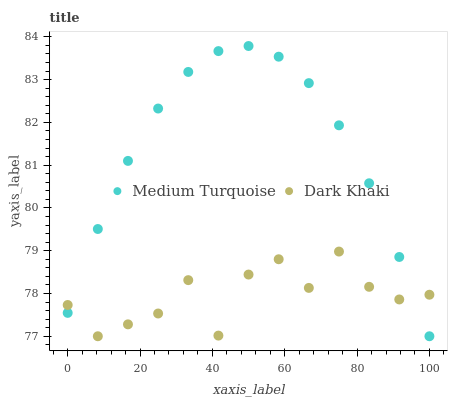
| xaxis_label | Medium Turquoise | Dark Khaki |
 | --- | --- | --- |
 | 0 | 77.5 | 77.7 |
 | 8.33 | 79.5 | 77 |
 | 16.7 | 81.1 | 77.3 |
 | 25 | 82.3 | 77.5 |
 | 33.3 | 83.2 | 78.3 |
 | 41.7 | 83.7 | 77 |
 | 50 | 83.8 | 78.4 |
 | 58.3 | 83.5 | 78.8 |
 | 66.7 | 82.9 | 78.1 |
 | 75 | 81.9 | 79 |
 | 83.3 | 80.6 | 78.2 |
 | 91.7 | 78.9 | 77.9 |
 | 100 | 77 | 78 |